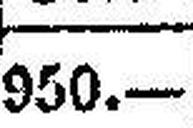
950.—